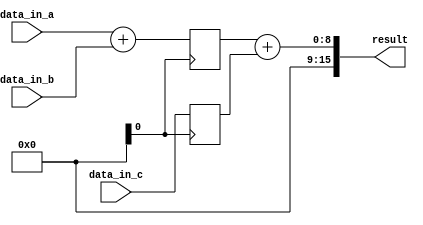
module parallel_accumulator (
    input wire [7:0] data_in_a,
    input wire [7:0] data_in_b,
    input wire [7:0] data_in_c,
    output reg [15:0] result
);

reg [7:0] partial_sum_1;
reg [7:0] partial_sum_2;

always @ (posedge clk) begin
    // Arithmetic Block 1
    partial_sum_1 <= data_in_a + data_in_b;
    
    // Arithmetic Block 2
    partial_sum_2 <= data_in_c;
end

always @ (*) begin
    result = partial_sum_1 + partial_sum_2;
end

endmodule